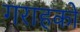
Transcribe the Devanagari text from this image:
गराहको